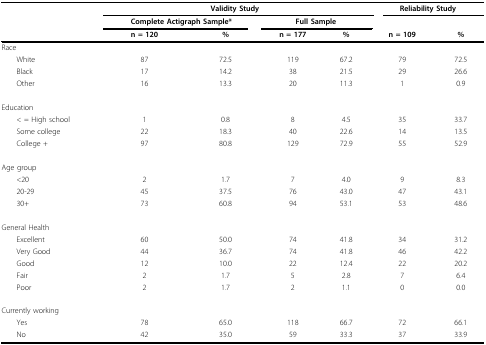
<table><thead><tr><td></td><td colspan="4"><b>Validity Study</b></td><td colspan="2"><b>Reliability Study</b></td></tr><tr><td></td><td colspan="2"><b>Complete Actigraph Sample*</b></td><td colspan="2"><b>Full Sample</b></td><td></td><td></td></tr><tr><td></td><td><b>n = 120</b></td><td><b>%</b></td><td><b>n = 177</b></td><td><b>%</b></td><td><b>n = 109</b></td><td><b>%</b></td></tr></thead><tbody><tr><td>Race</td><td></td><td></td><td></td><td></td><td></td><td></td></tr><tr><td> White</td><td>87</td><td>72.5</td><td>119</td><td>67.2</td><td>79</td><td>72.5</td></tr><tr><td> Black</td><td>17</td><td>14.2</td><td>38</td><td>21.5</td><td>29</td><td>26.6</td></tr><tr><td> Other</td><td>16</td><td>13.3</td><td>20</td><td>11.3</td><td>1</td><td>0.9</td></tr><tr><td>Education</td><td></td><td></td><td></td><td></td><td></td><td></td></tr><tr><td> &lt; = High school</td><td>1</td><td>0.8</td><td>8</td><td>4.5</td><td>35</td><td>33.7</td></tr><tr><td> Some college</td><td>22</td><td>18.3</td><td>40</td><td>22.6</td><td>14</td><td>13.5</td></tr><tr><td> College +</td><td>97</td><td>80.8</td><td>129</td><td>72.9</td><td>55</td><td>52.9</td></tr><tr><td>Age group</td><td></td><td></td><td></td><td></td><td></td><td></td></tr><tr><td> &lt;20</td><td>2</td><td>1.7</td><td>7</td><td>4.0</td><td>9</td><td>8.3</td></tr><tr><td> 20-29</td><td>45</td><td>37.5</td><td>76</td><td>43.0</td><td>47</td><td>43.1</td></tr><tr><td> 30+</td><td>73</td><td>60.8</td><td>94</td><td>53.1</td><td>53</td><td>48.6</td></tr><tr><td>General Health</td><td></td><td></td><td></td><td></td><td></td><td></td></tr><tr><td> Excellent</td><td>60</td><td>50.0</td><td>74</td><td>41.8</td><td>34</td><td>31.2</td></tr><tr><td> Very Good</td><td>44</td><td>36.7</td><td>74</td><td>41.8</td><td>46</td><td>42.2</td></tr><tr><td> Good</td><td>12</td><td>10.0</td><td>22</td><td>12.4</td><td>22</td><td>20.2</td></tr><tr><td> Fair</td><td>2</td><td>1.7</td><td>5</td><td>2.8</td><td>7</td><td>6.4</td></tr><tr><td> Poor</td><td>2</td><td>1.7</td><td>2</td><td>1.1</td><td>0</td><td>0.0</td></tr><tr><td>Currently working</td><td></td><td></td><td></td><td></td><td></td><td></td></tr><tr><td> Yes</td><td>78</td><td>65.0</td><td>118</td><td>66.7</td><td>72</td><td>66.1</td></tr><tr><td> No</td><td>42</td><td>35.0</td><td>59</td><td>33.3</td><td>37</td><td>33.9</td></tr></tbody></table>